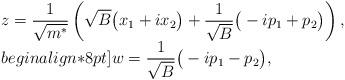
LaTeX: \begin{align*}\begin{array}{ll} z=\displaystyle\frac{1}{\sqrt{m^*}}\left( \sqrt{B}\big(x_{1}+ix_{2}\big) + \frac{1}{\sqrt{B}}\big(-ip_{1}+p_{2}\big)\right), \hfill\\begin{align*}8pt] w=\displaystyle\frac{1}{\sqrt{B}}\big(-ip_{1}-p_{2}\big),\hfill\\ \end{array} \end{align*}